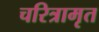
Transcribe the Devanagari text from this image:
चरित्रामृत